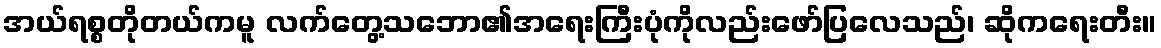
အယ်ရစ္စတိုတယ်ကမူ လက်တွေ့သဘော၏အရေးကြီးပုံကိုလည်းဖော်ပြလေသည်၊ ဆိုကရေးတီး။